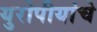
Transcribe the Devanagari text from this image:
युरोपीयांचे